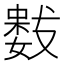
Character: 𭤋